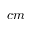
c m